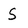
Character: S